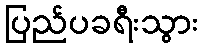
ပြည်ပခရီးသွား